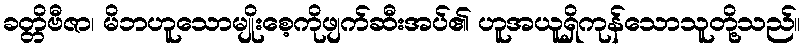
ခတ္တိဗီဇာ၊ မိဘဟူသောမျိုးစေ့ကိုဖျက်ဆီးအပ်၏ ဟူအယူရှိကုန်သောသူတို့သည်။